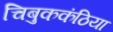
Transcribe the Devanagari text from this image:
चिबुककंठिया